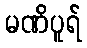
မဏိပူရ်